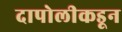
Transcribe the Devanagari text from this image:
दापोलीकडून